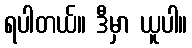
ရပါတယ်။ ဒီမှာ ယူပါ။